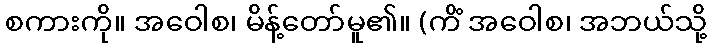
စကားကို။ အဝေါစ၊ မိန့်တော်မူ၏။ (ကိံ အဝေါစ၊ အဘယ်သို့